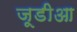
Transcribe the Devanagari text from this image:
जूडीआ